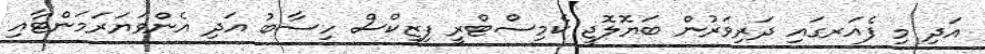
އަދި މި ފެއަރގައި ދަރިވަރުން ބަޔޮލޮޖީ ކެމިސްޓްރީ ފިޒިކްސް ހިސާބު އަދި އެންވަޔަރަމަންޓާއި